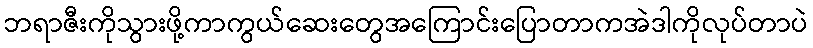
ဘရာဇီးကိုသွားဖို့ကာကွယ်ဆေးတွေအကြောင်းပြောတာကအဲဒါကိုလုပ်တာပဲ